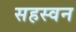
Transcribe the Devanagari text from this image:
सहस्वन